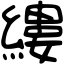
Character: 縷